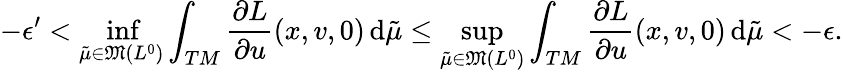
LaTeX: -\epsilon^{\prime}<\operatorname*{inf}_{\tilde{\mu}\in\mathfrak{M}({L^{0}})}\int_{TM}\frac{\partial L}{\partial u}(x,v,0)\, \mathrm{d}\tilde{\mu}\leq\operatorname*{sup}_{\tilde{\mu}\in\mathfrak{M}({L^{0}})}\int_{TM}\frac{\partial L}{\partial u}(x,v,0)\, \mathrm{d}\tilde{\mu}<-\epsilon.